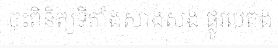
ចុះពិនិត្យទីតាំងសាងសង់ ផ្លូវបេតុង